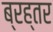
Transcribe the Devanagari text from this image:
ब्रह्तर